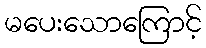
မပေးသောကြောင့်